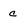
Character: c